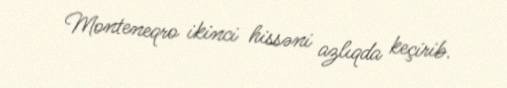
Monteneqro ikinci hissəni azlıqda keçirib.